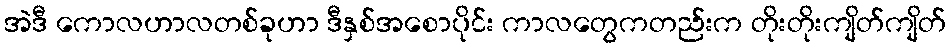
အဲဒီ ကောလဟာလတစ်ခုဟာ ဒီနှစ်အစောပိုင်း ကာလတွေကတည်းက တိုးတိုးကျိတ်ကျိတ်